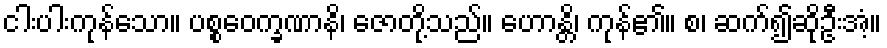
ငါးပါးကုန်သော။ ပစ္စဝေက္ခဏာနိ၊ ဇောတို့သည်။ ဟောန္တိ၊ ကုန်၏။ စ၊ ဆက်၍ဆိုဦးအံ့။